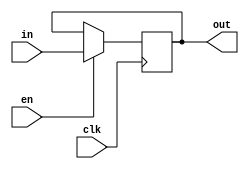
module temp(in,out,clk,en);
input [7:0] in;
input clk,en;
output reg [7:0] out=0;

always @(posedge clk)
begin
if(en)
out<=in;
end
endmodule